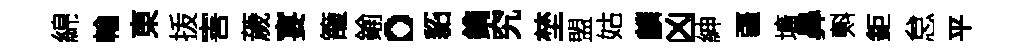
綿輸東㧞害薉宴籠鍮。貂鐫究埜盟姑麟凶紳疆壙鼻㪺鉅怠平